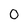
Character: o